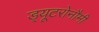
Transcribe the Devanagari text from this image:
ड्यूटरोनौमी